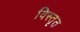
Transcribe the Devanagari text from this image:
विस्‍तृत